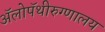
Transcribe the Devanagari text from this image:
ॲलोपॅथीरुग्णालय